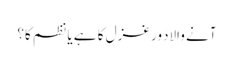
آنے والادَور غزل کا ہے یا نظم کا؟